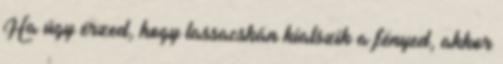
Ha úgy érzed, hogy lassacskán kialszik a fényed, akkor